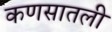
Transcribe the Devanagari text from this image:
कणसातली